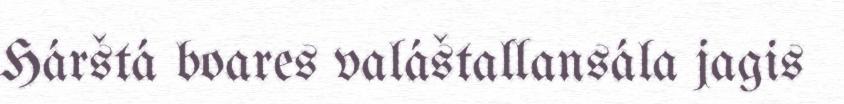
Hárštá boares valáštallansála jagis